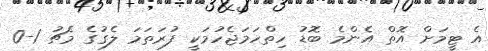
އެ ޓީމަށް އޮތް އެންމެ ބޮޑު ހިތްހަމަޖެހުމަކީ ފުރަތަމަ ލެގުގެ މެޗު 1-0